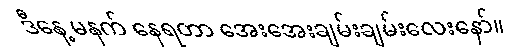
ဒီနေ့ မနက် နေရတာ အေးအေးချမ်းချမ်းလေးနော်။